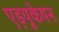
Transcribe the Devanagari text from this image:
एड़यूकेषन